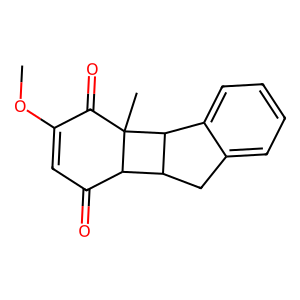
SMILES: COC1=CC(=O)C2C3Cc4ccccc4C3C2(C)C1=O
Inhibits HIV replication: No